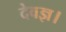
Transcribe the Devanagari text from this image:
देवज्ञ।